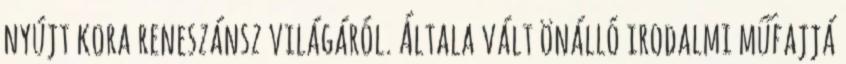
nyújt kora reneszánsz világáról. Általa vált önálló irodalmi műfajjá